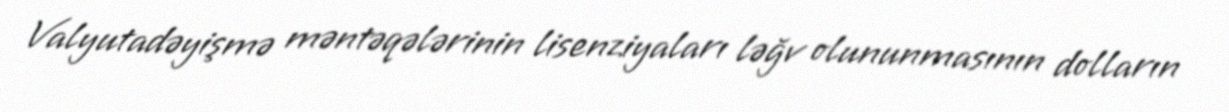
Valyutadəyişmə məntəqələrinin lisenziyaları ləğv olununmasının dolların